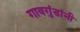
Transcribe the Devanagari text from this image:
गावगुंडांनी